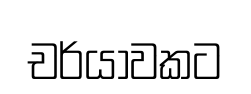
චර්යාවකට